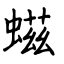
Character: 螆